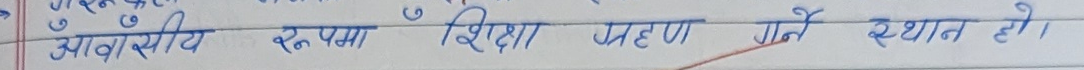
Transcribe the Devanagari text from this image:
आवासीय रूपमा शिक्षा ग्रहण गर्ने स्थान हो।